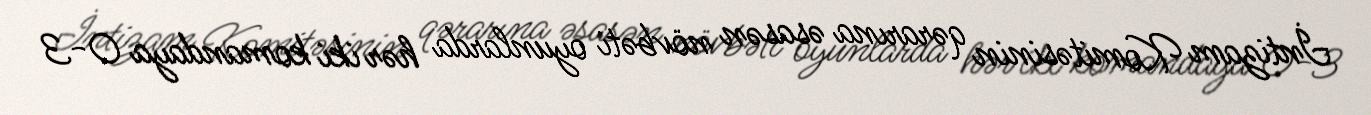
İntizam Komitəsinin qərarına əsasən növbəti oyunlarda hər iki komandaya 0-3